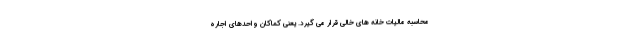
محاسبه مالیات خانه های خالی قرار می گیرد. یعنی کماکان واحدهای اجاره